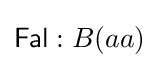
{\mathsf {Fal}}:B(aa)